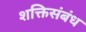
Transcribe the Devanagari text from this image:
शक्तिसंबंध